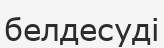
белдесуді